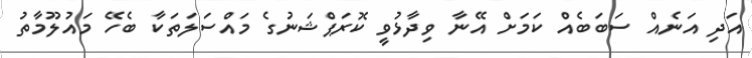
އަދި އަނެއް ސަބަބެއް ކަމަށް އޭނާ ވިދާޅުވީ ކޮރަޕްޝަނުގެ މައްސަލަތަކާ ބެހޭ މައުލޫމާތު